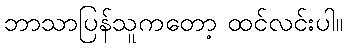
ဘာသာပြန်သူကတော့ ထင်လင်းပါ။